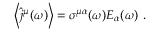
\left\langle \hat { j } ^ { \mu } ( \omega ) \right\rangle = \sigma ^ { \mu \alpha } ( \omega ) E _ { \alpha } ( \omega ) \mathrm { ~ . ~ }